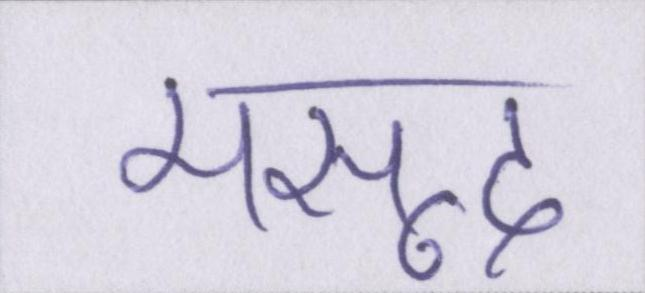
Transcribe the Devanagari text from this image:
मसूद